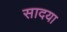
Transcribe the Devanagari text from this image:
सादया